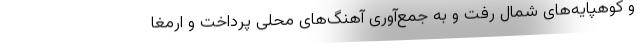
و کوهپایه‌های شمال رفت و به جمع‌آوری آهنگ‌های محلی پرداخت و ارمغا